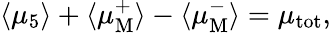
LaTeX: \langle\mu_{5}\rangle+\langle\mu_{\mathrm{M}}^{+}\rangle-\langle\mu_{\mathrm{M}}^{-}\rangle=\mu_{\mathrm{tot}},